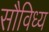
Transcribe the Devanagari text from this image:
सौविध्य